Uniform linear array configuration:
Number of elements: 4
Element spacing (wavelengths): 0.75
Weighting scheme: hann
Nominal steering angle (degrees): -60
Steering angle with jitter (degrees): -59.634
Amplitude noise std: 0.05
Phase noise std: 0.05

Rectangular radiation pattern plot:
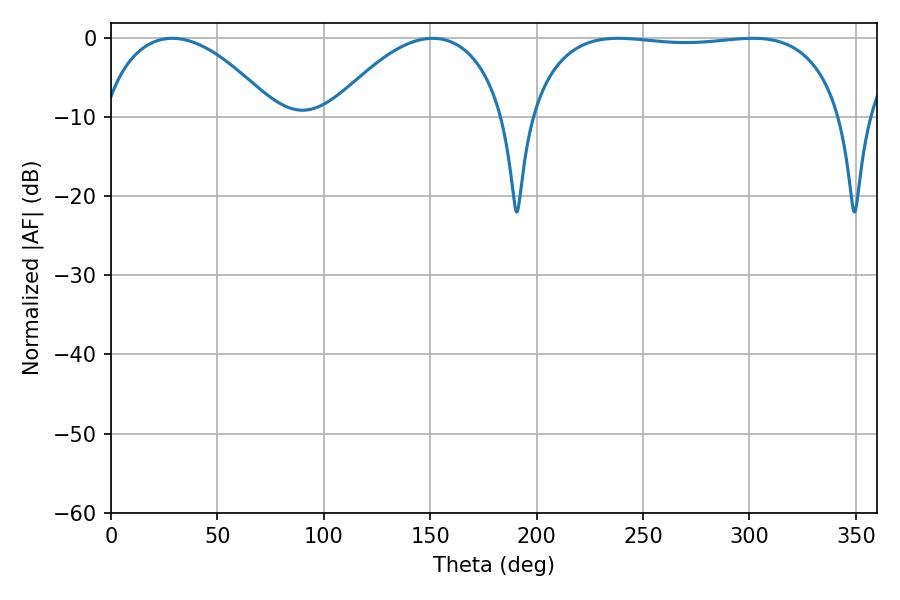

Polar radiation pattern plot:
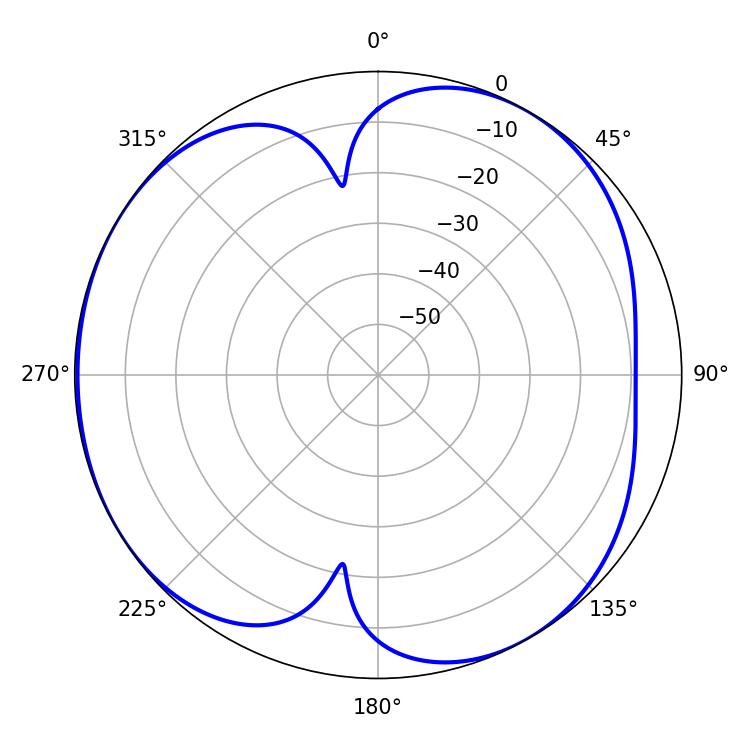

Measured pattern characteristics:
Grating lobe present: TRUE
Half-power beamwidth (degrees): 46.08
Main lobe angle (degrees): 28.8